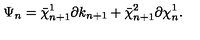
\Psi _ { n } = \bar { \chi } _ { n + 1 } ^ { 1 } \partial k _ { n + 1 } + \bar { \chi } _ { n + 1 } ^ { 2 } \partial \chi _ { n } ^ { 1 } .